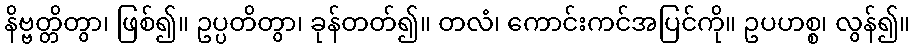
နိဗ္ဗတ္တိတွာ၊ ဖြစ်၍။ ဥပ္ပတိတွာ၊ ခုန်တတ်၍။ တလံ၊ ကောင်းကင်အပြင်ကို။ ဥပဟစ္စ၊ လွန်၍။